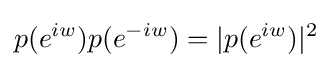
p(e^{iw})p(e^{-iw})=|p(e^{iw})|^{2}